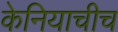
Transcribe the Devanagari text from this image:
केनियाचीच